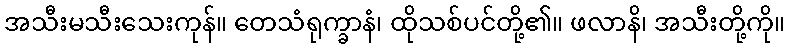
အသီးမသီးသေးကုန်။ တေသံရုက္ခာနံ၊ ထိုသစ်ပင်တို့၏။ ဖလာနိ၊ အသီးတို့ကို။